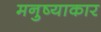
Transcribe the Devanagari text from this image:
मनुष्याकार